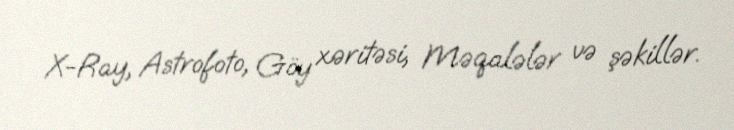
X-Ray, Astrofoto, Göy xəritəsi, Məqalələr və şəkillər.